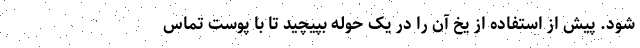
شود. پیش از استفاده از یخ آن را در یک حوله بپیچید تا با پوست تماس